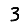
Digit: 3